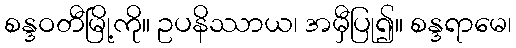
စန္ဒဝတီမြို့ကို။ ဥပနိဿာယ၊ အမှီပြု၍။ စန္ဒရာမေ၊